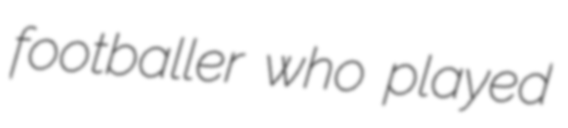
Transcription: footballer who played